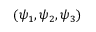
( \psi _ { 1 } , \psi _ { 2 } , \psi _ { 3 } )